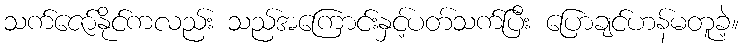
သက်ဇော်နိုင်ကလည်း သည်အကြောင်းနှင့်ပတ်သက်ပြီး ပြောချင်ဟန်မတူခဲ့။